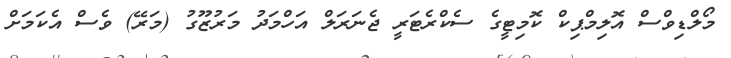
މޯލްޑިވްސް އޮލިމްޕިކް ކޮމިޓީގެ ސެކްރެޓަރީ ޖެނަރަލް އަހްމަދު މަރުޒޫގު (މަރޭ) ވެސް އެކަމަށް